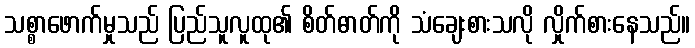
သစ္စာဖောက်မှုသည် ပြည်သူလူထု၏ စိတ်ဓာတ်ကို သံချေးစားသလို လှိုက်စားနေသည်။